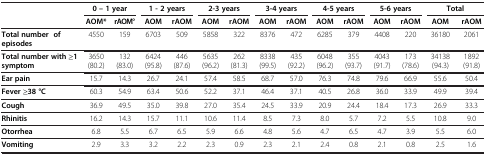
|  | <COLSPAN=2> 0 – 1 year | <COLSPAN=2> 1 - 2 years | <COLSPAN=2> 2-3 years | <COLSPAN=2> 3-4 years | <COLSPAN=2> 4-5 years | <COLSPAN=2> 5-6 years | <COLSPAN=2> Total |
 |  | AOM* | rAOM° | AOM | rAOM | AOM | rAOM | AOM | rAOM | AOM | rAOM | AOM | rAOM | AOM | rAOM |
 | --- | --- | --- | --- | --- | --- | --- | --- | --- | --- | --- | --- | --- | --- | --- |
 | Total number of episodes | 4550 | 159 | 6703 | 509 | 5858 | 322 | 8376 | 472 | 6285 | 379 | 4408 | 220 | 36180 | 2061 |
 | Total number with ≥1 symptom | 3650 (80.2) | 132 (83.0) | 6424 (95.8) | 446 (87.6) | 5635 (96.2) | 262 (81.3) | 8338 (99.5) | 435 (92.2) | 6048 (96.2) | 355 (93.7) | 4043 (91.7) | 173(78.6) | 34138 (94.3) | 1892 (91.8) |
 | Ear pain | 15.7 | 14.3 | 26.7 | 24.1 | 57.4 | 58.5 | 68.7 | 57.0 | 76.3 | 74.8 | 79.6 | 66.9 | 55.6 | 50.4 |
 | Fever ≥38 °C | 60.3 | 54.9 | 63.4 | 50.6 | 52.2 | 37.1 | 46.4 | 37.1 | 40.5 | 26.8 | 36.0 | 33.9 | 49.9 | 39.4 |
 | Cough | 36.9 | 49.5 | 35.0 | 39.8 | 27.0 | 35.4 | 24.5 | 33.9 | 20.9 | 24.4 | 18.4 | 17.3 | 26.9 | 33.3 |
 | Rhinitis | 16.2 | 14.3 | 15.7 | 11.1 | 10.6 | 11.4 | 8.5 | 7.3 | 8.0 | 5.7 | 7.2 | 5.5 | 10.8 | 9.0 |
 | Otorrhea | 6.8 | 5.5 | 6.7 | 6.5 | 5.9 | 6.6 | 4.8 | 5.6 | 4.7 | 6.5 | 4.7 | 3.9 | 5.5 | 6.0 |
 | Vomiting | 2.9 | 3.3 | 3.2 | 2.2 | 2.3 | 0.9 | 2.3 | 2.1 | 2.4 | 0.8 | 2.1 | 0.8 | 2.5 | 1.6 |